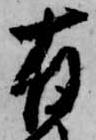
有